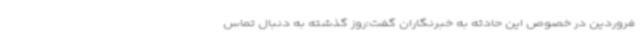
فروردین در خصوص این حادثه به خبرنگاران گفت:روز گذشته به دنبال تماس